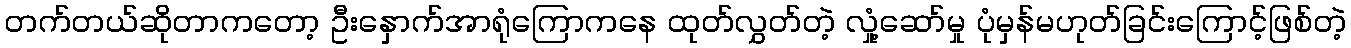
တက်တယ်ဆိုတာကတော့ ဦးနှောက်အာရုံကြောကနေ ထုတ်လွှတ်တဲ့ လှုံ့ဆော်မှု ပုံမှန်မဟုတ်ခြင်းကြောင့်ဖြစ်တဲ့